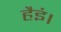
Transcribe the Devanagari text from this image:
हैइं।